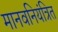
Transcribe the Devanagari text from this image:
मानवनियंत्रित